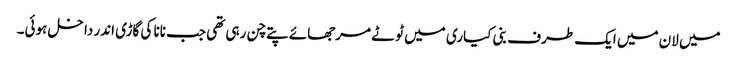
میں لان میں ایک طرف بنی کیاری میں ٹوٹے مرجھائے پتے چن رہی تھی جب نانا کی گاڑی اندر داخل ہوئی۔